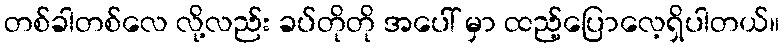
တစ်ခါတစ်လေ လို့လည်း ခပ်တိုတို အပေါ် မှာ ထည့်ပြောလေ့ရှိပါတယ်။